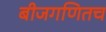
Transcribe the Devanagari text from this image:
बीजगणितच